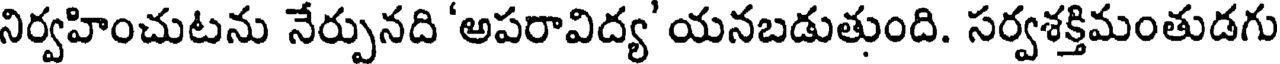
నిర్వహించుటను నేర్పునది 'అపరావిద్య' యనబడుతుంది. సర్వశక్తిమంతుడగు